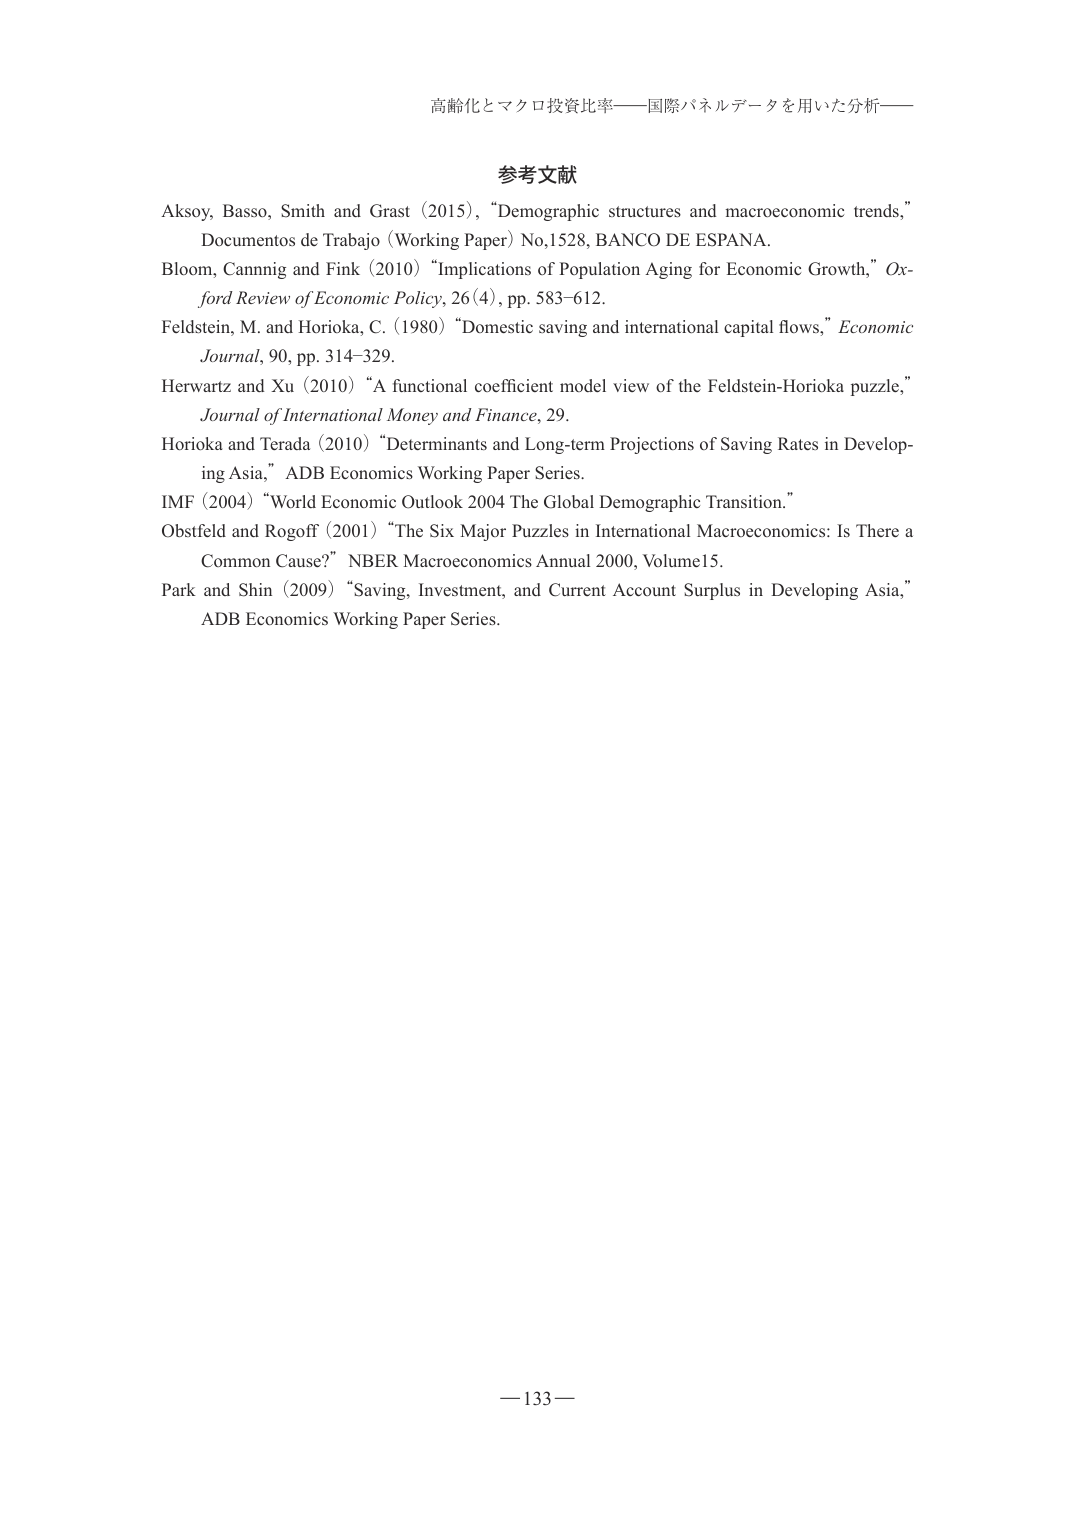
高齢化とマクロ投資比率——国際パネルデータを用いた分析——

参考文献

Aksoy, Basso, Smith and Grast (2015), “Demographic structures and macroeconomic trends,” Documentos de Trabajo (Working Paper) No.1528, BANCO DE ESPANA.

Bloom, Cannig and Fink (2010) “Implications of Population Aging for Economic Growth,” Oxford Review of Economic Policy, 26(4), pp. 583–612.

Feldstein, M. and Horioka, C. (1980) “Domestic saving and international capital flows,” Economic Journal, 90, pp. 314–329.

Herwartz and Xu (2010) “A functional coefficient model view of the Feldstein-Horioka puzzle,” Journal of International Money and Finance, 29.

Horioka and Terada (2010) “Determinants and Long-term Projections of Saving Rates in Developing Asia,” ADB Economics Working Paper Series.

IMF (2004) “World Economic Outlook 2004 The Global Demographic Transition.”

Obstfeld and Rogoff (2001) “The Six Major Puzzles in International Macroeconomics: Is There a Common Cause?” NBER Macroeconomics Annual 2000, Volume 15.

Park and Shin (2009) “Saving, Investment, and Current Account Surplus in Developing Asia,” ADB Economics Working Paper Series.

—133—